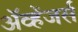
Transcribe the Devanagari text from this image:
ॲव्हेंजर्स